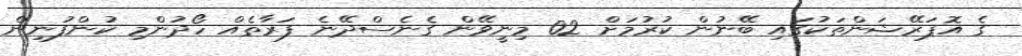
ގެ އޮޕަރޭޝަންތަކުގައި ބޭނުން ކުރުމަށް 02 މިނީވޭން ގެނެސްދޭނެ ފަރާތެއް ހޯދުންމި ކުންފުނިން